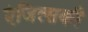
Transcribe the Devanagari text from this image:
एंजिल्सकी